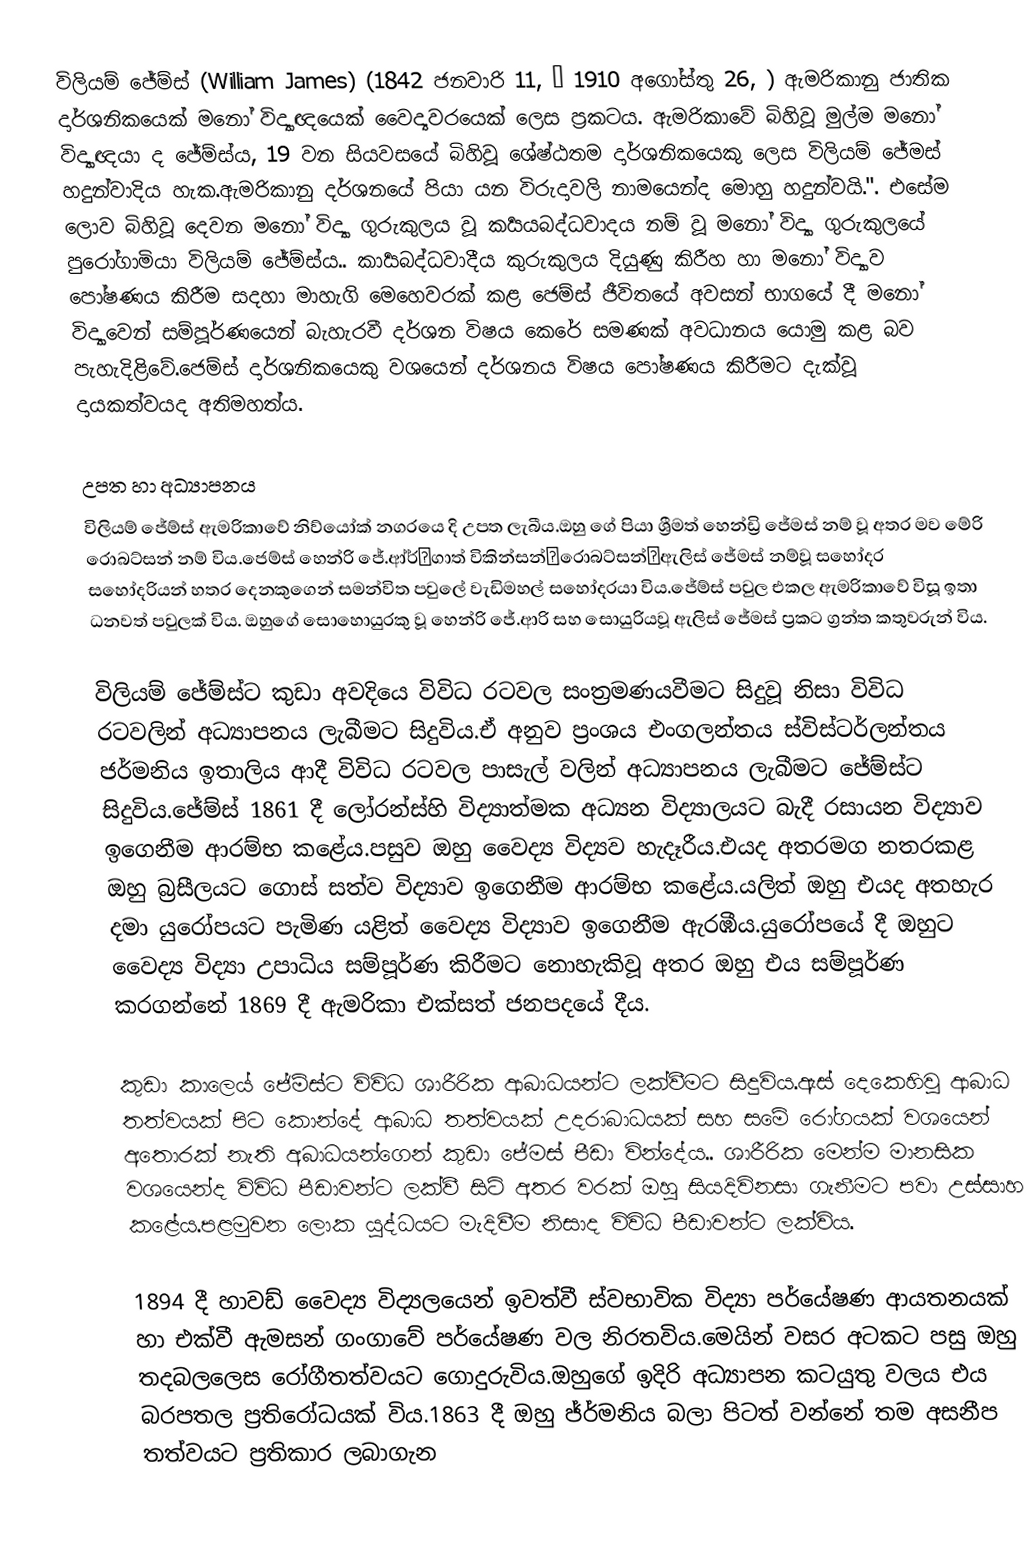
විලියම් ජේම්ස් (William James) (1842 ජනවාරි 11,  – 1910 අගෝස්තු 26, ) ඇමරිකානු ජාතික දාර්ශනිකයෙක්  මනෝ විද්‍යාඥයෙක් වෛද්‍යවරයෙක් ලෙස ප්‍රකටය. ඇමරිකාවේ බිහිවූ මුල්ම මනෝ විද්‍යාඥයා ද ජේම්ස්ය, 19 වන සියවසයේ  බිහිවූ ශේෂ්ඨතම දාර්ශනිකයෙකු ලෙස විලියම් ජේමස් හදුන්වාදිය හැක.ඇමරිකානු දර්ශනයේ පියා යන විරුදාවලි නාමයෙන්ද මොහු හදුන්වයි.". එසේම ලොව බිහිවූ දෙවන මනෝ විද්‍යා ගුරුකුලය වූ කර්‍යයබද්ධවාදය නම් වූ මනෝ විද්‍යා ගුරුකුලයේ පුරෝගාමියා විලියම් ජේම්ස්ය.. කාර්‍යබද්ධවාදීය කුරුකුලය දියුණු කිරීහ හා මනෝ විද්‍යාව පෝෂණය කිරීම සදහා මාහැගි මෙහෙවරක් කළ ජෙම්ස් ජීවිතයේ අවසන් භාගයේ දී මනෝ විද්‍යාවෙන් සම්පූර්ණයෙන් බැහැරවී දර්ශන විෂය කෙරේ සමණක් අවධානය යොමු කළ බව පැහැදිළිවේ.ජෙම්ස් දාර්ශනිකයෙකු වශයෙන් දර්ශනය විෂය පෝෂණය  කිරීමට දැක්වූ දායකත්වයද අතිමහත්ය.

උපත හා අධ්‍යාපනය
විලියම් ජේම්ස් ඇමරිකාවේ නිව්යෝක් නගරයෙ දි උපත ලැබීය.ඔහු ගේ පියා ශ්‍රීමත් හෙන්ඩ්‍රි ජේමස් නම් වූ අතර මව මේරි රොබට්සන් නම් විය.ජෙම්ස් හෙන්රි ජේ.ආ්ර්ˌගාත් විකින්සන්ˌරොබට්සන්ˌඇලිස් ජේමස් නම්වූ සහෝදර සහෝදරියන් හතර දෙනකුගෙන් සමන්විත පවුලේ වැඩිමහල් සහෝදරයා විය.ජේම්ස් පවුල එකල ඇමරිකාවේ විසූ ඉතා ධනවත් පවුලක් විය. ඔහුගේ සොහොයුරකු වූ හෙන්රි ජේ.ආරි සහ සොයුරියවූ ඇලිස් ජේමස් ප්‍රකට ග්‍රන්ත කතුවරුන් විය.

විලියම් ජේම්ස්ට කුඩා අවදියෙ විවිධ රටවල සංත්‍රමණයවීමට සිදුවූ නිසා විවිධ රටවලින් අධ්‍යාපනය ලැබීමට සිදුවිය.ඒ අනුව ප්‍රංශය එංගලන්තය ස්විස්ටර්ලන්තය ජර්මනිය ඉතාලිය ආදී විවිධ රටවල පාසැල් වලින් අධ්‍යාපනය ලැබීමට ජේම්ස්ට සිදුවිය.ජේම්ස් 1861 දී ලෝරන්ස්හි විද්‍යාත්මක අධ්‍යන විද්‍යාලයට බැදී රසායන විද්‍යාව ඉගෙනීම ආරම්භ කළේය.පසුව ඔහු වෛද්‍ය විද්‍යව හැදෑරීය.එයද අතරමග නතරකළ ඔහු බ්‍රසීලයට ගොස් සත්ව විද්‍යාව ඉගෙනීම ආරම්භ කළේය.යලිත් ඔහු එයද අතහැර දමා යුරෝපයට පැමිණ යළිත් වෛද්‍ය විද්‍යාව ඉගෙනීම ඇරඹීය.යුරෝපයේ දී ඔහුට වෛද්‍ය විද්‍යා උපාධිය සම්පූර්ණ කිරීමට නොහැකිවූ අතර ඔහු එය සම්පූර්ණ කරගන්නේ 1869 දී ඇමරිකා එක්සත් ජනපදයේ දීය.

කුඩා කාලෙය් ජේම්ස්ට විවිධ ශාරීරික ආබාධයන්ට ලක්වීමට සිදුවිය.ඇස් දෙකෙහිවූ ආබාධ තත්වයක් පිට කොන්දේ ආබාධ තත්වයක් උදරාබාධයක් සහ සමේ රෝගයක් වශයෙන් අතොරක් නැති අබාධයන්ගෙන් කුඩා ජේමස් පීඩා වින්දේය.. ශාරීරික මෙන්ම මානසික වශයෙන්ද විවිධ පීඩාවන්ට ලක්වී සිටි අතර වරක් ඔහු සියදිවිනසා ගැනීමට පවා උස්සාහ කළේය.පළමුවන ලොක යුද්ධයට මැදිවීම නිසාද විවිධ පීඩාවන්ට ලක්විය.

1894 දී හාවඩ් වෛද්‍ය විද්‍යලයෙන් ඉවත්වී ස්වභාවික විද්‍යා පර්යේෂණ ආයතනයක් හා එක්වී ඇමසන් ගංගාවේ පර්යේෂණ වල නිරතවිය.මෙයින් වසර අටකට පසු ඔහු තදබලලෙස රෝගීතත්වයට ගොදුරුවිය.ඔහුගේ ඉදිරි අධ්‍යාපන කටයුතු වලය එය බරපතල ප්‍රතිරෝධයක් විය.1863 දී ඔහු ජ්ර්මනිය බලා පිටත් වන්නේ තම අසනීප තත්වයට ප්‍රතිකාර ලබාගැන